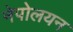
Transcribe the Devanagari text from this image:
नेपोलयन